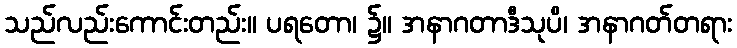
သည်လည်းကောင်းတည်း။ ပရတော၊ ၌။ အနာဂတာဒီသုပိ၊ အနာဂတ်တရား